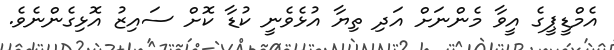
އެމްޑީޕީގެ އީވާ މެންނަށް އަދި ތިޔާ އުޅެވެނީ ކުޑާ ކޮށް ސައިޒު އޮޅިގެންނެވެ.